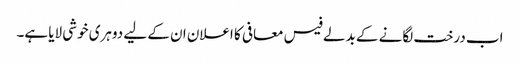
اب درخت لگانے کے بدلے فیس معافی کا اعلان ان کے لیے دوہری خوشی لایا ہے۔